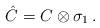
LaTeX: \begin{align*}\hat{C} = C \otimes \sigma _1\, .\end{align*}